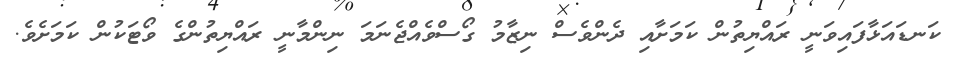
ކަނޑައަޅާފައިވަނީ ރައްޔިތުން ކަމަށާއި ދެންވެސް ނިޒާމު ގޯސްވެއްޖެނަމަ ނިންމާނީ ރައްޔިތުންގެ ވޯޓަކުން ކަމަށެވެ.